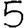
Digit: 5